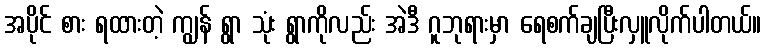
အပိုင် စား ရထားတဲ့ ကျွန် ရွာ သုံး ရွာကိုလည်း အဲဒီ ဂူဘုရားမှာ ရေစက်ချပြီးလှူလိုက်ပါတယ်။